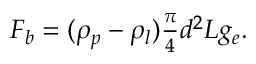
\begin{array} { r } { F _ { b } = ( \rho _ { p } - \rho _ { l } ) \frac { \pi } { 4 } d ^ { 2 } L g _ { e } . } \end{array}